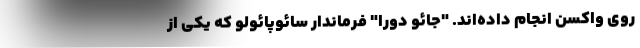
روی واکسن انجام داده‌اند. "جائو دورا" فرماندار سائوپائولو که یکی از